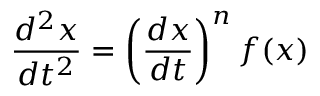
{ \frac { d ^ { 2 } x } { d t ^ { 2 } } } = \left( { \frac { d x } { d t } } \right) ^ { n } f ( x )